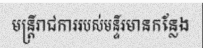
មន្ត្រីរាជការរបស់មន្ទីរមានកន្លែង